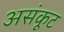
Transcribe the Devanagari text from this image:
असंकूट